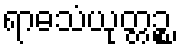
ရာဓသံယုတ္တဉ္စ